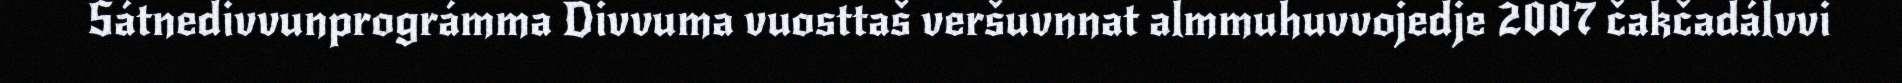
Sátnedivvunprográmma Divvuma vuosttaš veršuvnnat almmuhuvvojedje 2007 čakčadálvvi